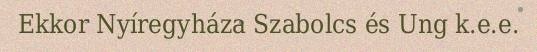
Ekkor Nyíregyháza Szabolcs és Ung k.e.e.